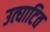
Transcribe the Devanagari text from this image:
उत्घाटित